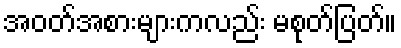
အဝတ်အစားများကလည်း မစုတ်ပြတ်။